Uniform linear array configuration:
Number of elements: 4
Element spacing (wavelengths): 0.5
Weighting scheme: cosine
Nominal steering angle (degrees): -60
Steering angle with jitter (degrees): -60.993
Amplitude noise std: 0.05
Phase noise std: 0.05

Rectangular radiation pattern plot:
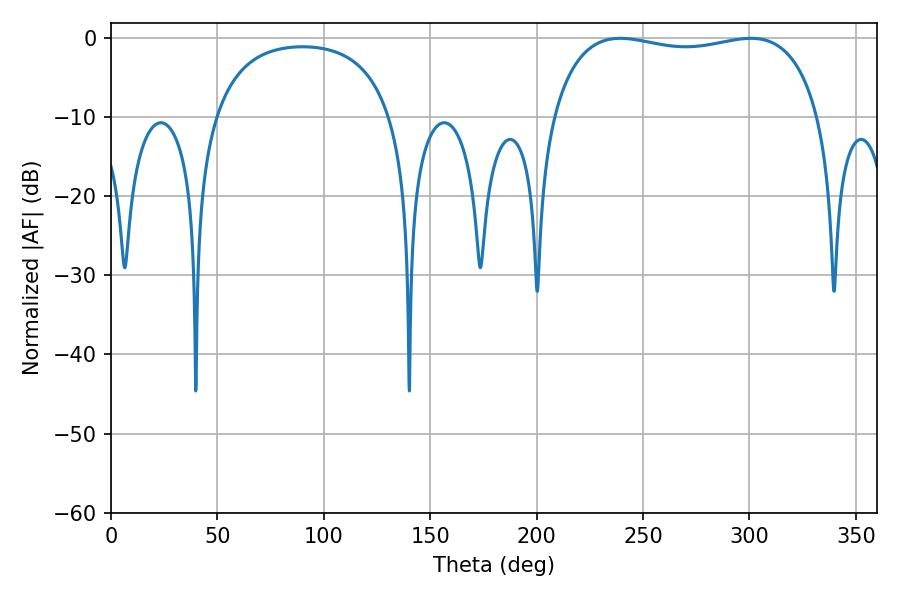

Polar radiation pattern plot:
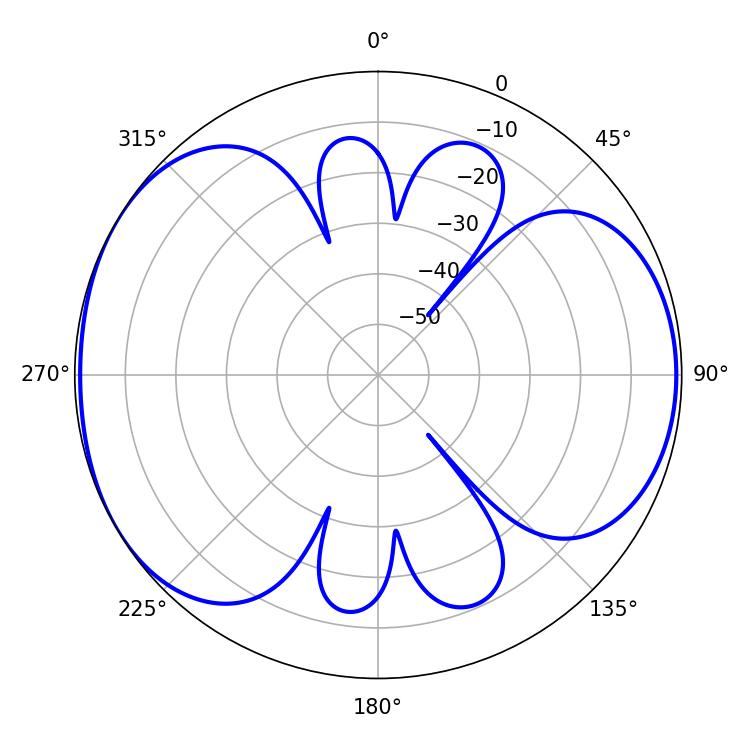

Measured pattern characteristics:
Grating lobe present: FALSE
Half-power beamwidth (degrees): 101.88
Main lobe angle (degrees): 239.22